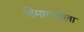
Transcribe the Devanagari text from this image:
दिमागवाला